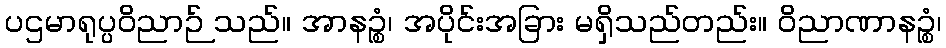
ပဌမာရုပ္ပဝိညာဉ် သည်။ အာနဉ္စံ၊ အပိုင်းအခြား မရှိသည်တည်း။ ဝိညာဏာနဉ္စံ၊